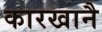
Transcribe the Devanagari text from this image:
कारखानै